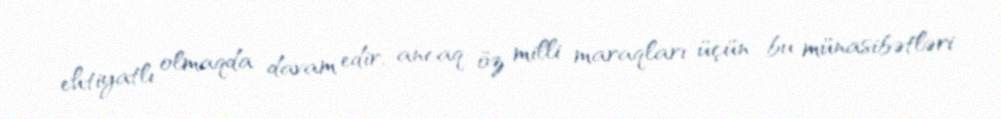
ehtiyatlı olmaqda davam edir, ancaq öz milli maraqları üçün bu münasibətləri